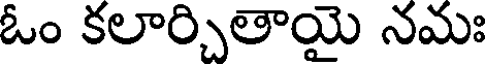
ఓం కలార్చితాయై నమః